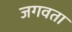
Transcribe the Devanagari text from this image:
जगवता